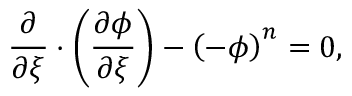
\frac { \partial } { \partial \boldsymbol { \xi } } \cdot \left( \frac { \partial \phi } { \partial \boldsymbol { \xi } } \right) - \left( - \phi \right) ^ { n } = 0 ,